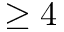
\geq 4